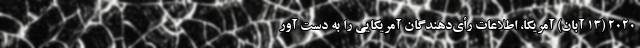
2020 (13 آبان) آمریکا، اطلاعات رأی‌دهندگان آمریکایی را به دست آور